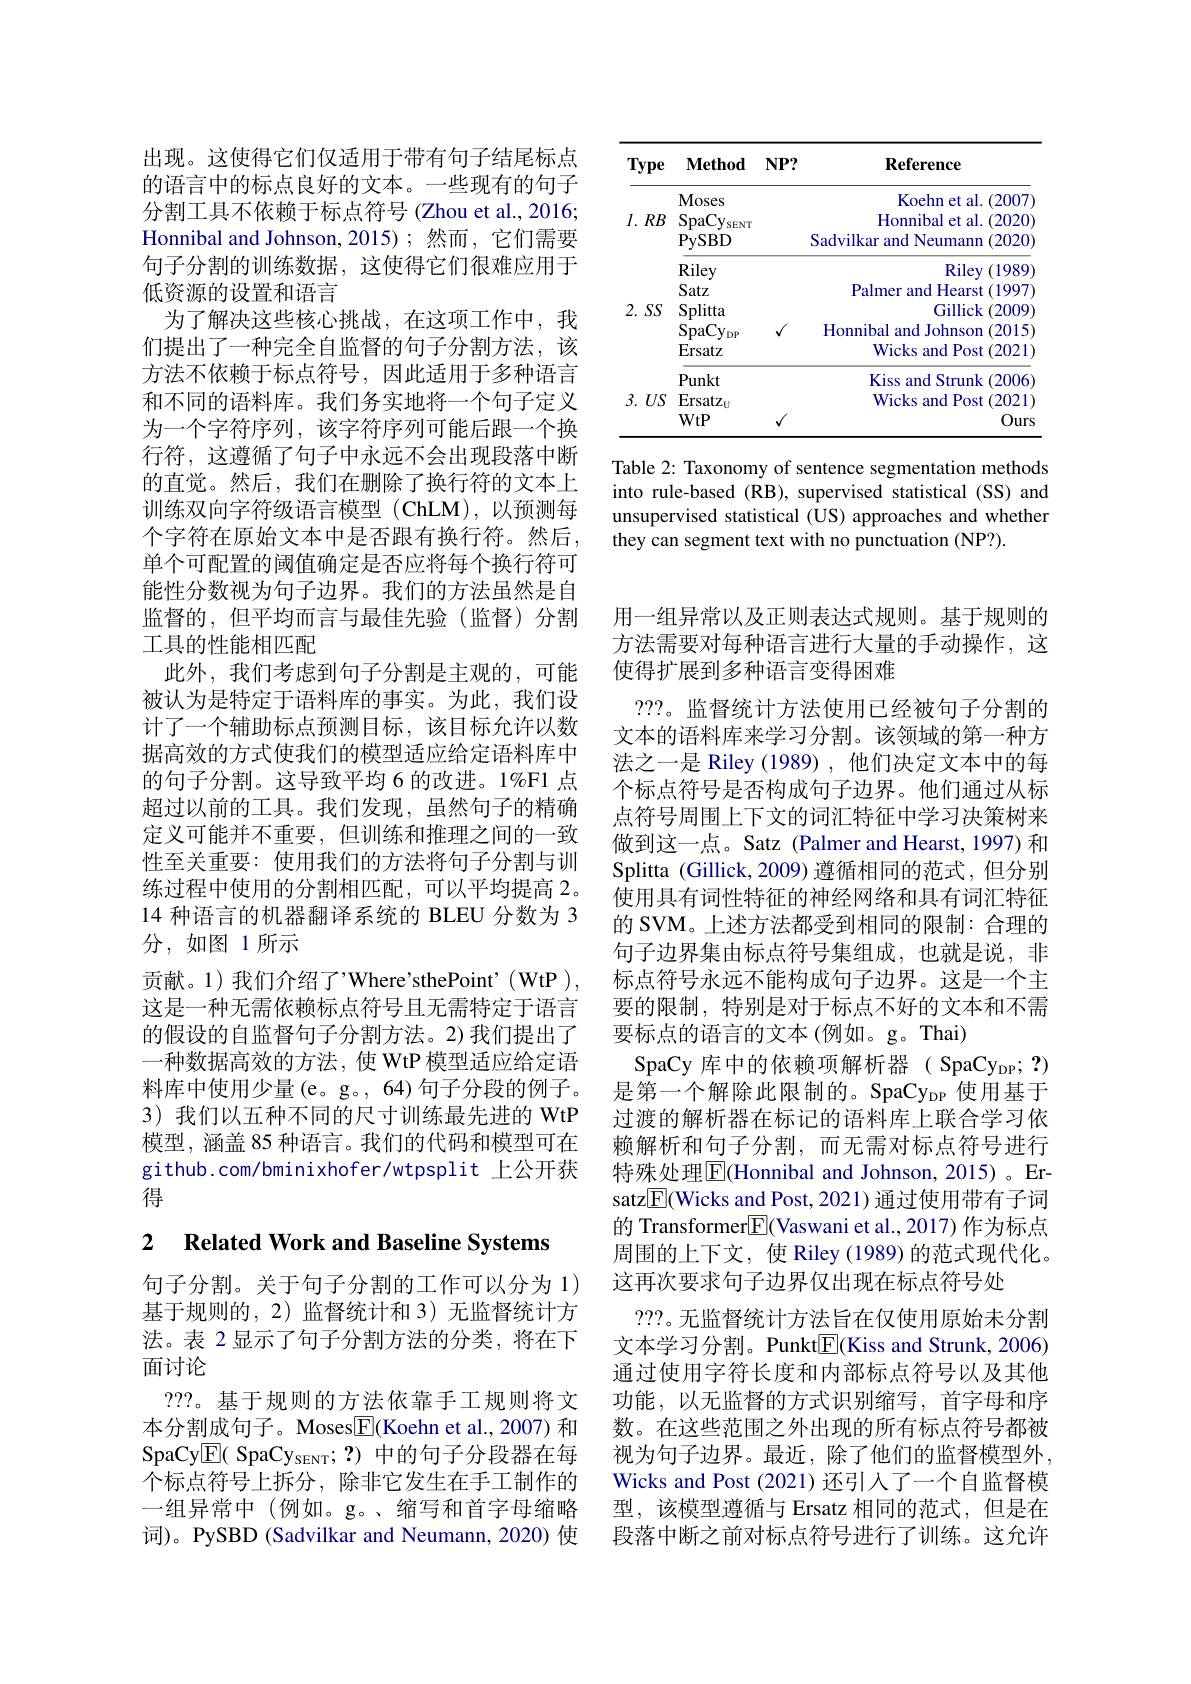
<table>
	<tbody>
		<tr>
			<th>Type</th>
			<th>$\mathbf{Method}$</th>
			<th>$\mathbf{Reference}$</th>
		</tr>
		<tr>
			<td>$I.$ $RB$</td>
			<td>Moses $\mathrm{SpaCy}_{\mathrm{sENT}}$ PySBD</td>
			<td>Koehn et al. (2007 Honnibal et al. .(2020) Sadvilkar and Neumann (2020</td>
		</tr>
		<tr>
			<td>$2.SS$</td>
			<td>DutL Splitta $SpaCy_{\mathrm{DP}}$ Ersatz</td>
			<td>I IIIVI unie Vurst (1, Gillick :(2009) Honnibal and Johnson (2015 Wicks and Post t(2021</td>
		</tr>
		<tr>
			<td>3. $US$</td>
			<td>$\mathrm{Ersatz}_{\mathrm{U}}$</td>
			<td>Wicks and Post (2021)</td>
		</tr>
		<tr>
			<td> </td>
			<td>WtP</td>
			<td>Ours</td>
		</tr>
	</tbody>
</table>

Table 2: Taxonomy of sentence segmentation methods into rule-based (RB), supervised statistical (SS) and unsupervised statistical (US) approaches and whether they can segment text with no punctuation (NP?).

出现。这使得它们仅适用于带有句子结尾标点的语言中的标点良好的文本。一些现有的句子分割工具不依赖于标点符号 (Zhou et al., 2016; Honnibal and Johnson, 2015); 然而，它们需要句子分割的训练数据，这使得它们很难应用于低资源的设置和语言
为了解决这些核心挑战，在这项工作中，我们提出了一种完全自监督的句子分割方法，该方法不依赖于标点符号，因此适用于多种语言和不同的语料库。我们务实地将一个句子定义为一个字符序列，该字符序列可能后跟一个换行符，这遵循了句子中永远不会出现段落中断的直觉。然后，我们在删除了换行符的文本上训练双向字符级语言模型 (ChLM),以预测每个字符在原始文本中是否跟有换行符。然后， 单个可配置的阈值确定是否应将每个换行符可能性分数视为句子边界。我们的方法虽然是自监督的，但平均而言与最佳先验(监督)分割工具的性能相匹配
此外，我们考虑到句子分割是主观的，可能被认为是特定于语料库的事实。为此，我们设计了一个辅助标点预测目标，该目标允许以数据高效的方式使我们的模型适应给定语料库中的句子分割。这导致平均 6 的改进。1%F1 点超过以前的工具。我们发现，虽然句子的精确定义可能并不重要，但训练和推理之间的一致性至关重要：使用我们的方法将句子分割与训练过程中使用的分割相匹配，可以平均提高 2。14 种语言的机器翻译系统的 BLEU 分数为 3分，如图 1所示
贡献。1) 我们介绍了'Where'sthePoint’(WtP), 这是一种无需依赖标点符号且无需特定于语言的假设的自监督句子分割方法。2)我们提出了一种数据高效的方法，使 WtP 模型适应给定语料库中使用少量(e。g。,64)句子分段的例子。3) 我们以五种不同的尺寸训练最先进的 WtP 模型，涵盖 85 种语言。我们的代码和模型可在github.com/bminixhofer/wtpsplit 上公开获得

# 2 Related Work and Baseline Systems

句子分割。关于句子分割的工作可以分为 1) 基于规则的，2)监督统计和 3)无监督统计方法。表 2 显示了句子分割方法的分类，将在下面讨论
???。基于规则的方法依靠手工规则将文本分割成句子。Moses$\underline{\mathrm{F}}($Koehn et al., 2007) 和SpaCy$\boxed{\mathrm{E}}($ SpaCy$_\mathrm{sENT};?)$中的句子分段器在每个标点符号上拆分，除非它发生在手工制作的一组异常中 (例如。g。、缩写和首字母缩略词)。PySBD (Sadvilkar and Neumann,2020) 使

用一组异常以及正则表达式规则。基于规则的方法需要对每种语言进行大量的手动操作，这使得扩展到多种语言变得困难

???。监督统计方法使用已经被句子分割的文本的语料库来学习分割。该领域的第一种方法之一是 Riley (1989), 他们决定文本中的每个标点符号是否构成句子边界。他们通过从标点符号周围上下文的词汇特征中学习决策树来做到这一点。Satz (Palmer and Hearst, 1997) 和Splitta (Gillick, 2009) 遵循相同的范式，但分别使用具有词性特征的神经网络和具有词汇特征的 SVM。上述方法都受到相同的限制：合理的句子边界集由标点符号集组成，也就是说，非标点符号永远不能构成句子边界。这是一个主要的限制，特别是对于标点不好的文本和不需要标点的语言的文本(例如。g。Thai)
SpaCy 库中的依赖项解析器( SpaCy$_\mathrm{DP};?)$ 是第一个解除此限制的。SpaCy_{DP 使 用 基 于 过渡的解析器在标记的语料库上联合学习依赖解析和句子分割，而无需对标点符号进行特殊处理$\overline{\mathrm{E}}($Honnibal and Johnson, 2015)。Ersatz$\underline{\mathrm{E}}($Wicks and Post, 2021) 通过使用带有子词的 Transformer$\boxed{\mathrm{F}}($Vaswani et al.,2017) 作为标点周围的上下文，使 Riley (1989) 的范式现代化。这再次要求句子边界仅出现在标点符号处
???。无监督统计方法旨在仅使用原始未分割文本学习分割。Punkt$\underline{\mathrm{E}}($Kiss and Strunk, 2006) 通过使用字符长度和内部标点符号以及其他功能，以无监督的方式识别缩写，首字母和序数。在这些范围之外出现的所有标点符号都被视为句子边界。最近，除了他们的监督模型外Wicks and Post (2021)还引入了一个自监督模型，该模型遵循与 Ersatz 相同的范式，但是在段落中断之前对标点符号进行了训练。这允许